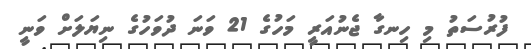
ފުރުސަތު މި ހިނގާ ޖެނުއަރީ މަހުގެ 21 ވަނަ ދުވަހުގެ ނިޔަލަށް ވަނީ